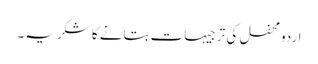
اردومحفل کی ترجیہات بتانے کا شکریہ۔